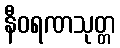
နီဝရဏသုတ္တ